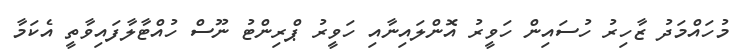
މުހައްމަދު ޒާހިރު ހުސައިން ހަވީރު އޮންލައިނާއި ހަވީރު ޕްރިންޓު ނޫސް ހުއްޓާލާފައިވާތީ އެކަމާ